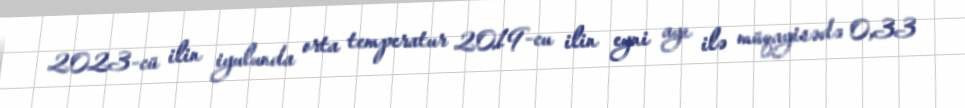
2023-cü ilin iyulunda orta temperatur 2019-cu ilin eyni ayı ilə müqayisədə 0,33